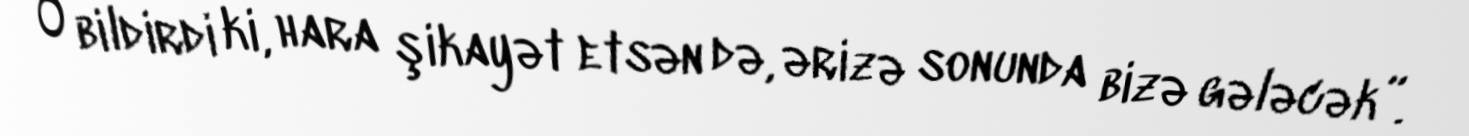
O bildirdi ki, hara şikayət etsən də, ərizə sonunda bizə gələcək”.